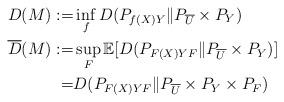
LaTeX: \begin{align*}D(M) :=& \inf_f D(P_{f(X)Y} \| P_{\overline{U}}\times P_Y) \\\overline{D}(M) :=& \sup_F \mathbb{E} [ D(P_{F(X)Y F} \| P_{\overline{U}}\times P_Y)] \\=& D(P_{F(X)Y F} \| P_{\overline{U}}\times P_Y\times P_F)\end{align*}